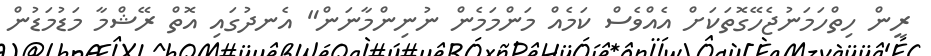
ރީން ހިތްހަމަނުޖެހޭގޮތަކަށް އެއްވެސް ކަމެއް މަންމަމެން ނުނިންމާނަން" އެނދުގައި އޮތް ރޭޝްމާ މަޑުމަޑުން